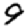
Digit: 9